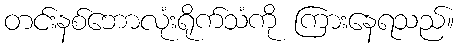
တင်းနစ်ဘောလုံးရိုက်သံကို ကြားနေရသည်။